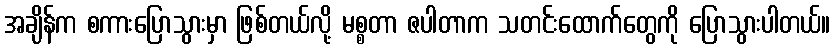
အချိန်က စကားပြောသွားမှာ ဖြစ်တယ်လို့ မစ္စတာ ဇပါတာက သတင်းထောက်တွေကို ပြောသွားပါတယ်။